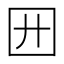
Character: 㘟